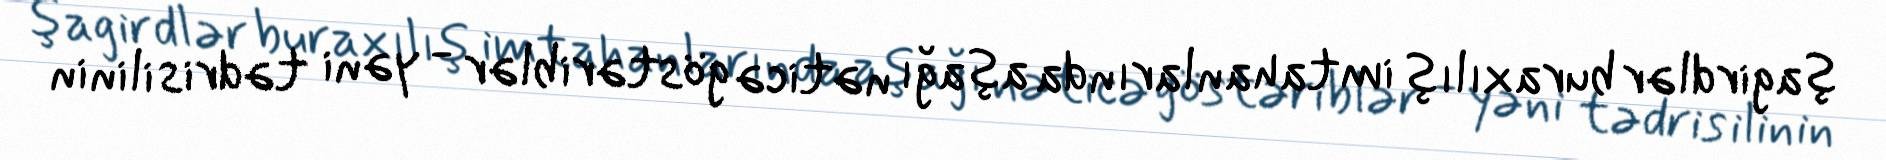
şagirdlər buraxılış imtahanlarında aşağı nəticə göstəriblər - yəni tədris ilinin